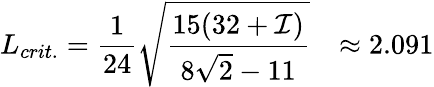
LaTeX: L_{crit.}=\frac{1}{24}\sqrt{\frac{15(32+{\cal I})}{8\sqrt{2}-11}}~~~\approx 2.091